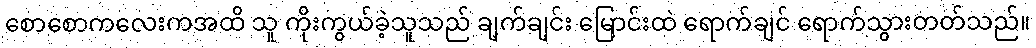
စောစောကလေးကအထိ သူ ကိုးကွယ်ခဲ့သူသည် ချက်ချင်း မြောင်းထဲ ရောက်ချင် ရောက်သွားတတ်သည်။